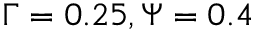
\Gamma = 0 . 2 5 , \Psi = 0 . 4